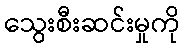
သွေးစီးဆင်းမှုကို